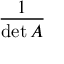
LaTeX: \frac { 1 } { \operatorname* { d e t } A }